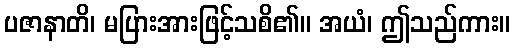
ပဇာနာတိ၊ မပြားအားဖြင့်သစိ၏။ အယံ၊ ဤသည်ကား။